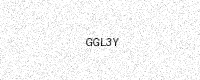
Text: GGL3Y